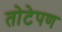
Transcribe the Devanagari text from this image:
तोटेपण